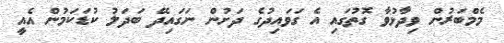
މެމްބަރުން ވިދާޅުވާ ގޮތުގައި އެ ގަވައިދުގެ ދަށުން ނަގައިދޭ ބަދަލު ކުޑަކަމުން އެއީ